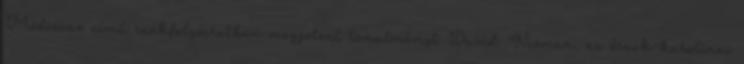
Medicine című szakfolyóiratban megjelent tanulmányt David Nieman, az észak-karolinai